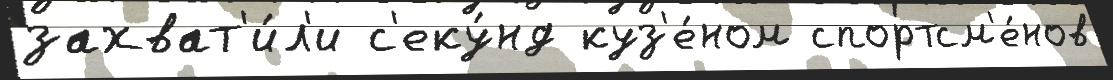
захват'и́л'и с'еку́нд куз'е́ном спортсм'е́нов